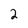
Character: 2